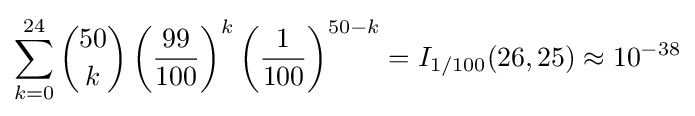
\sum _{k=0}^{24}{50 \choose k}\left({\frac {99}{100}}\right)^{k}\left({\frac {1}{100}}\right)^{50-k}=I_{1/100}(26,25)\approx 10^{-38}